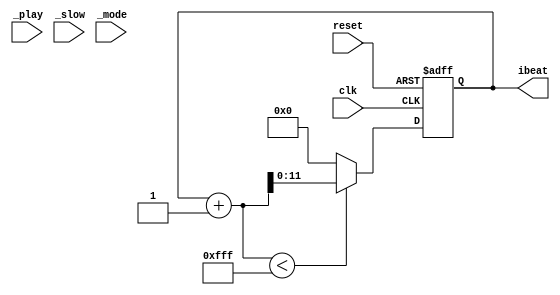
module player_control (
	input clk, 
	input reset, 
	input _play, 
	input _slow, 
	input _mode, 
	output reg [11:0] ibeat
);
	parameter LEN = 4095;
    reg [11:0] next_ibeat;

	always @(posedge clk, posedge reset) begin
		if (reset) begin
			ibeat <= 0;
		end else begin
            ibeat <= next_ibeat;
		end
	end

    always @* begin
        next_ibeat = (ibeat + 1 < LEN) ? (ibeat + 1) : 0;
    end

endmodule